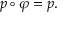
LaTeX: p \circ \varphi = p .